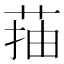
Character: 菗